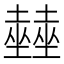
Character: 𡓨